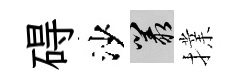
碍沙叢擈